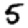
Digit: 5